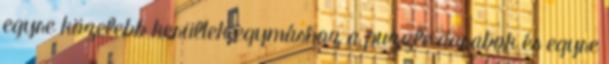
egyre közelebb kerültek egymáshoz a puzzle darabok és egyre